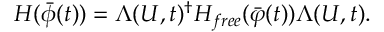
H ( \bar { \phi } ( t ) ) = \Lambda ( U , t ) ^ { \dagger } H _ { f r e e } ( \bar { \varphi } ( t ) ) \Lambda ( U , t ) .